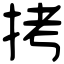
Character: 拷